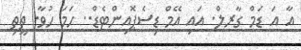
އާ އަ ޑަމް ގާރލް. އައި އޭމް ޑިސެޕޮއިންޓެޑް.. ހަމަ ހުވާ. ތީތި